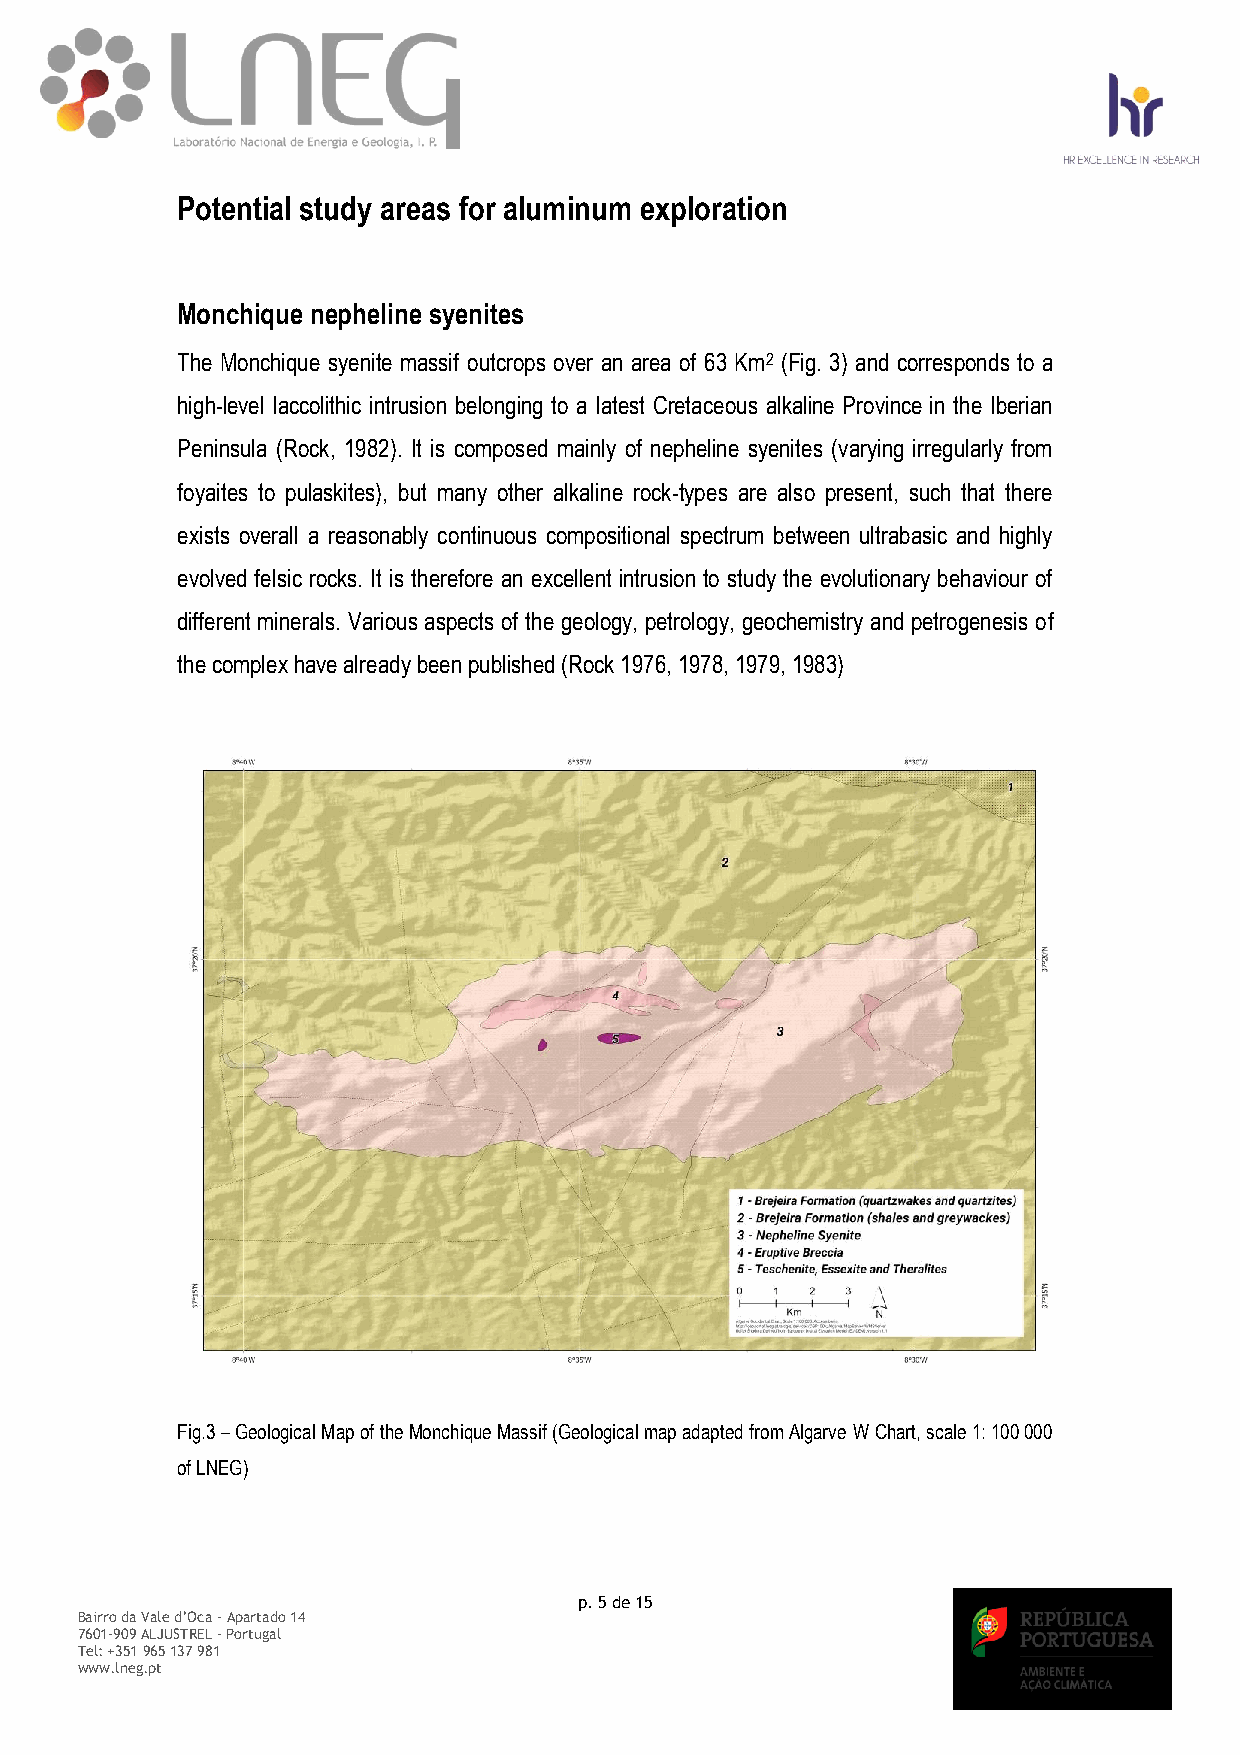
Potential study areas for aluminum exploration
 Monchique nepheline syenites
 The Monchique syenite massif outcrops over an area of 63 Km2 (Fig. 3) and corresponds to a
 high-level laccolithic intrusion belonging to a latest Cretaceous alkaline Province in the Iberian
 Peninsula (Rock, 1982). It is composed mainly of nepheline syenites (varying irregularly from
 foyaites to pulaskites), but many other alkaline rock-types are also present, such that there
 exists overall a reasonably continuous compositional spectrum between ultrabasic and highly
 evolved felsic rocks. It is therefore an excellent intrusion to study the evolutionary behaviour of
 different minerals. Various aspects of the geology, petrology, geochemistry and petrogenesis of
 the complex have already been published (Rock 1976, 1978, 1979, 1983)
 Fig.3 – Geological Map of the Monchique Massif (Geological map adapted from Algarve W Chart, scale 1: 100 000
 of LNEG)
 p. 5 de 15
 Bairro da Vale d’Oca – Apartado 14
 7601-909 ALJUSTREL - Portugal
 Tel: +351 965 137 981
 www.lneg.pt